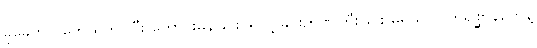
ခုခေတ်လူတွေထက်ပိုပြီး ကောင်းမွန်ခြင်း၊ ရဲရင့်ခြင်းဉာဏ်ကြီးခြင်း မရှိသလို တိရစ္ဆာန်တွေနဲ့